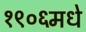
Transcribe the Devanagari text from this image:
१९०६मधे